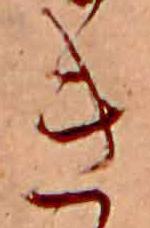
き